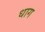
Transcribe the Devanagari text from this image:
धाग